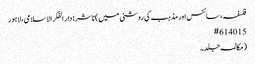
فلسفہ، سائنس اور مذہب کی روشنی میں) ناشر : دار الفکر الاسلامی، لاہور
15 #6140
(مکالمہ جلد۔